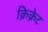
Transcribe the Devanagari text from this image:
क्रिक्रेट